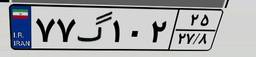
۷۷گ۱۰۲۲۵